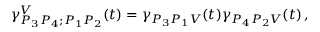
\gamma _ { P _ { 3 } P _ { 4 } ; P _ { 1 } P _ { 2 } } ^ { V } ( t ) = \gamma _ { P _ { 3 } P _ { 1 } V } ( t ) \gamma _ { P _ { 4 } P _ { 2 } V } ( t ) \, ,